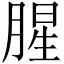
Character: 腥